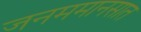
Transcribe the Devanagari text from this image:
जनममानसात